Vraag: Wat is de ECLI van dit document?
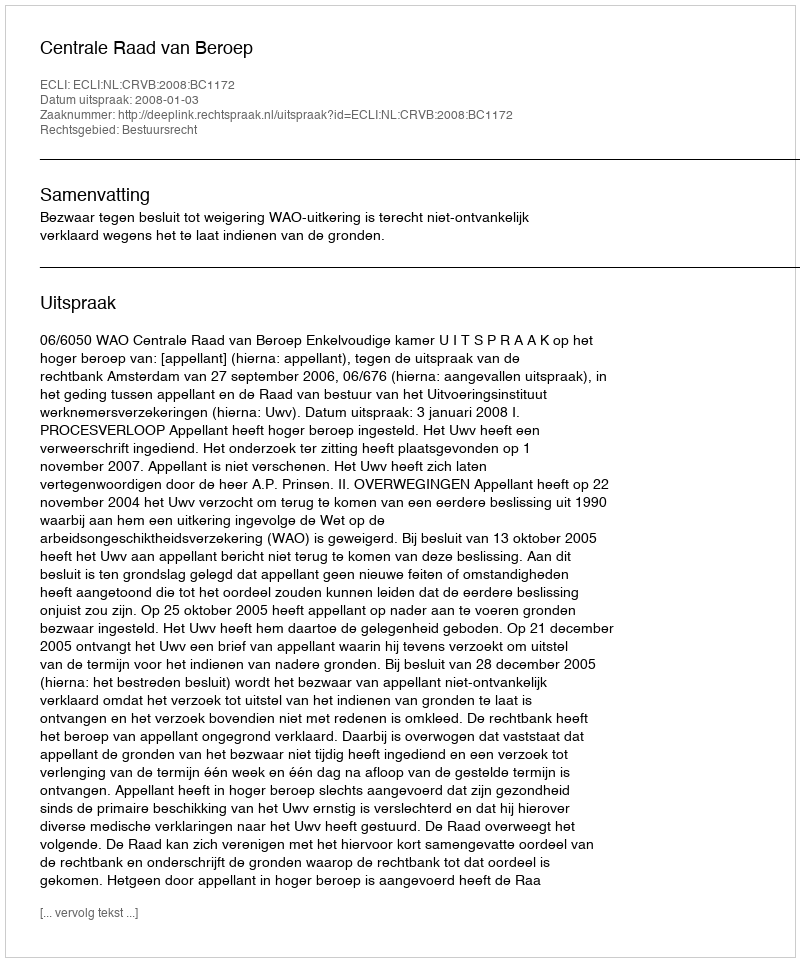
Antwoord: ECLI:NL:CRVB:2008:BC1172